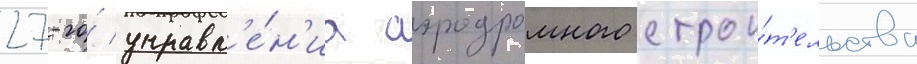
27-го́ управл'е́н'иа аэродромного строи́т'ельства